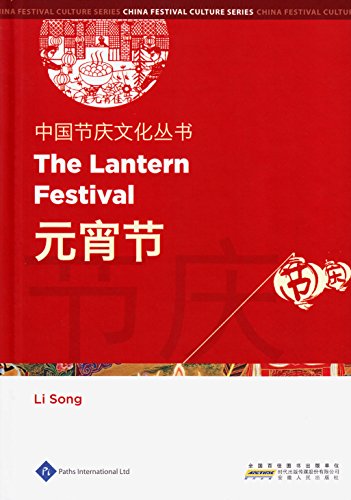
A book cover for The Lantern Festival (Chinese Festival Culture Series); Li Song; Politics & Social Sciences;